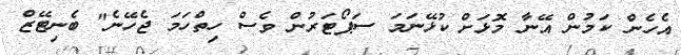
އެހެން ކަމުން އޭނާ މޮޅަށް ކުޅޭނަމަ ސަޕޯޓަރުން ވެސް ހިތްހަމަ ޖެހޭނެ" ބެނިޓޭޒް